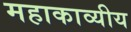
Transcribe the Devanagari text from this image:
महाकाव्यीय